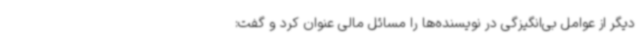
دیگر از عوامل بی‌انگیزگی در نویسنده‌ها را مسائل مالی عنوان کرد و گفت: